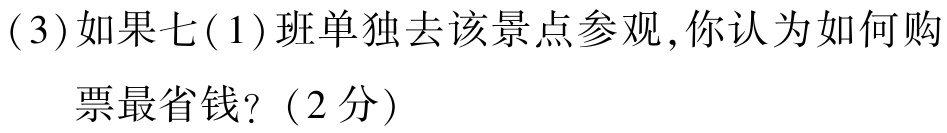
(3)如果七(1)班单独去该景点参观，你认为如何购

票最省钱?（2分）